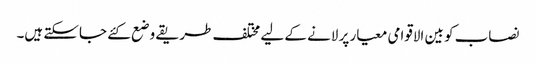
نصاب کو بین الاقوامی معیار پر لانے کے لیے مختلف طریقے وضع کئے جاسکتے ہیں۔